Code of medical and sanitary regulations for the guidance of medical officers serving in the Madras Presidency - Volume II
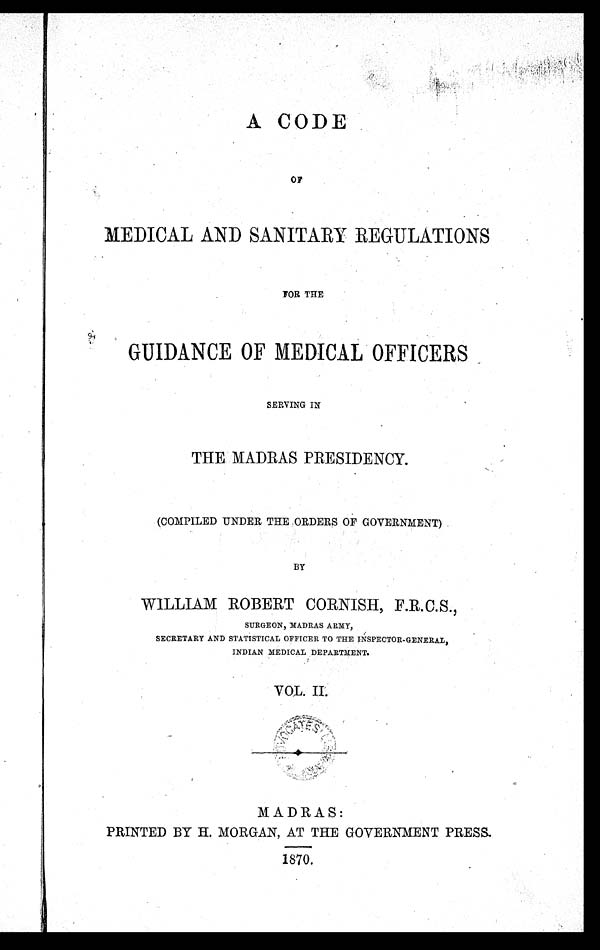
A CODE
OF
MEDICAL AND SANITARY REGULATIONS
FOR THE
GUIDANCE OF MEDICAL OFFICERS
SERVING IN
THE MADRAS PRESIDENCY.
(COMPILED UNDER THE ORDERS OF GOVERNMENT)
BY
WILLIAM ROBERT CORNISH, F.R.C.S.,
SURGEON, MADRAS ARMY,
SECRETARY AND STATISTICAL OFFICER TO THE INSPECTOR-GENERAL,
INDIAN MEDICAL DEPARTMENT.
VOL. II.
MADRAS:
PRINTED BY H. MORGAN, AT THE GOVERNMENT PRESS.
1870.